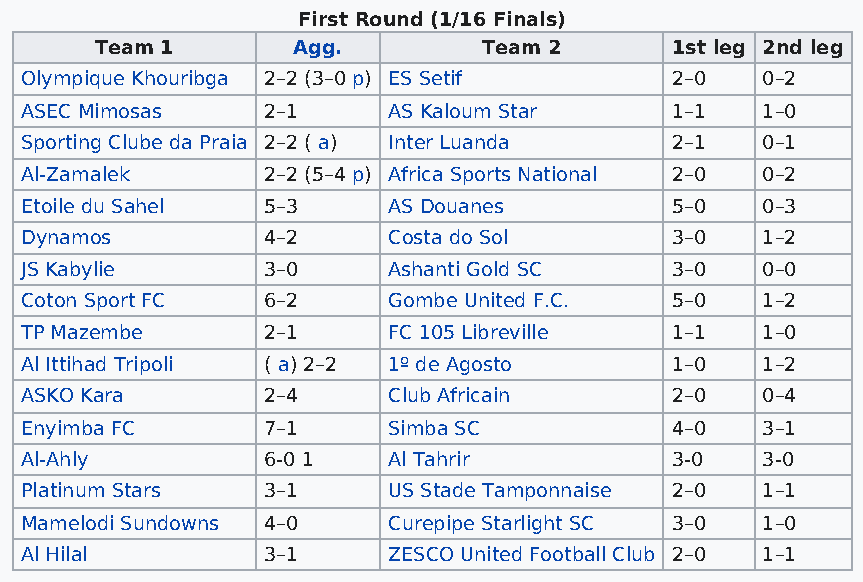
First Round (1/16 Finals)
 Team 1       Agg.         Team 2      1st leg 2nd leg
 Olympique Khouribga 2–2 (3–0 p) ES Setif   2–0   0–2
 ASEC Mimosas    2–1      AS Kaloum Star    1–1   1–0
 Sporting Clube da Praia 2–2 ( a) Inter Luanda 2–1 0–1
 Al-Zamalek      2–2 (5–4 p) Africa Sports National 2–0 0–2
 Etoile du Sahel 5–3      AS Douanes        5–0   0–3
 Dynamos         4–2      Costa do Sol      3–0   1–2
 JS Kabylie      3–0      Ashanti Gold SC   3–0   0–0
 Coton Sport FC  6–2      Gombe United F.C. 5–0   1–2
 TP Mazembe      2–1      FC 105 Libreville 1–1   1–0
 Al Ittihad Tripoli ( a) 2–2 1º de Agosto   1–0   1–2
 ASKO Kara       2–4      Club Africain     2–0   0–4
 Enyimba FC      7–1      Simba SC          4–0   3–1
 Al-Ahly         6-0 1    Al Tahrir         3-0   3-0
 Platinum Stars  3–1      US Stade Tamponnaise 2–0 1–1
 Mamelodi Sundowns 4–0    Curepipe Starlight SC 3–0 1–0
 Al Hilal        3–1      ZESCO United Football Club 2–0 1–1